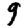
Digit: 9